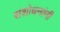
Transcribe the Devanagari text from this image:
संशोधनांनी